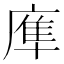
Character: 㢑